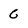
Character: C